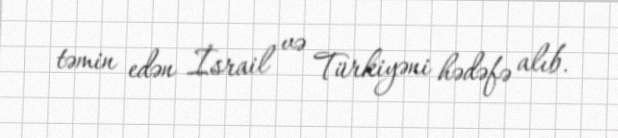
təmin edən İsrail və Türkiyəni hədəfə alıb.